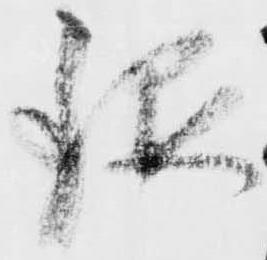
銀